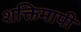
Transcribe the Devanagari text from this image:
शक्तिमापी